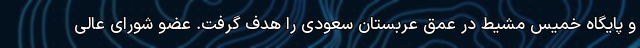
و پایگاه خمیس مشیط در عمق عربستان سعودی را هدف گرفت. عضو شورای عالی